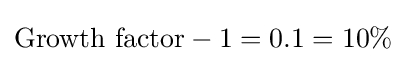
{\text{Growth factor}}-1=0.1=10\%